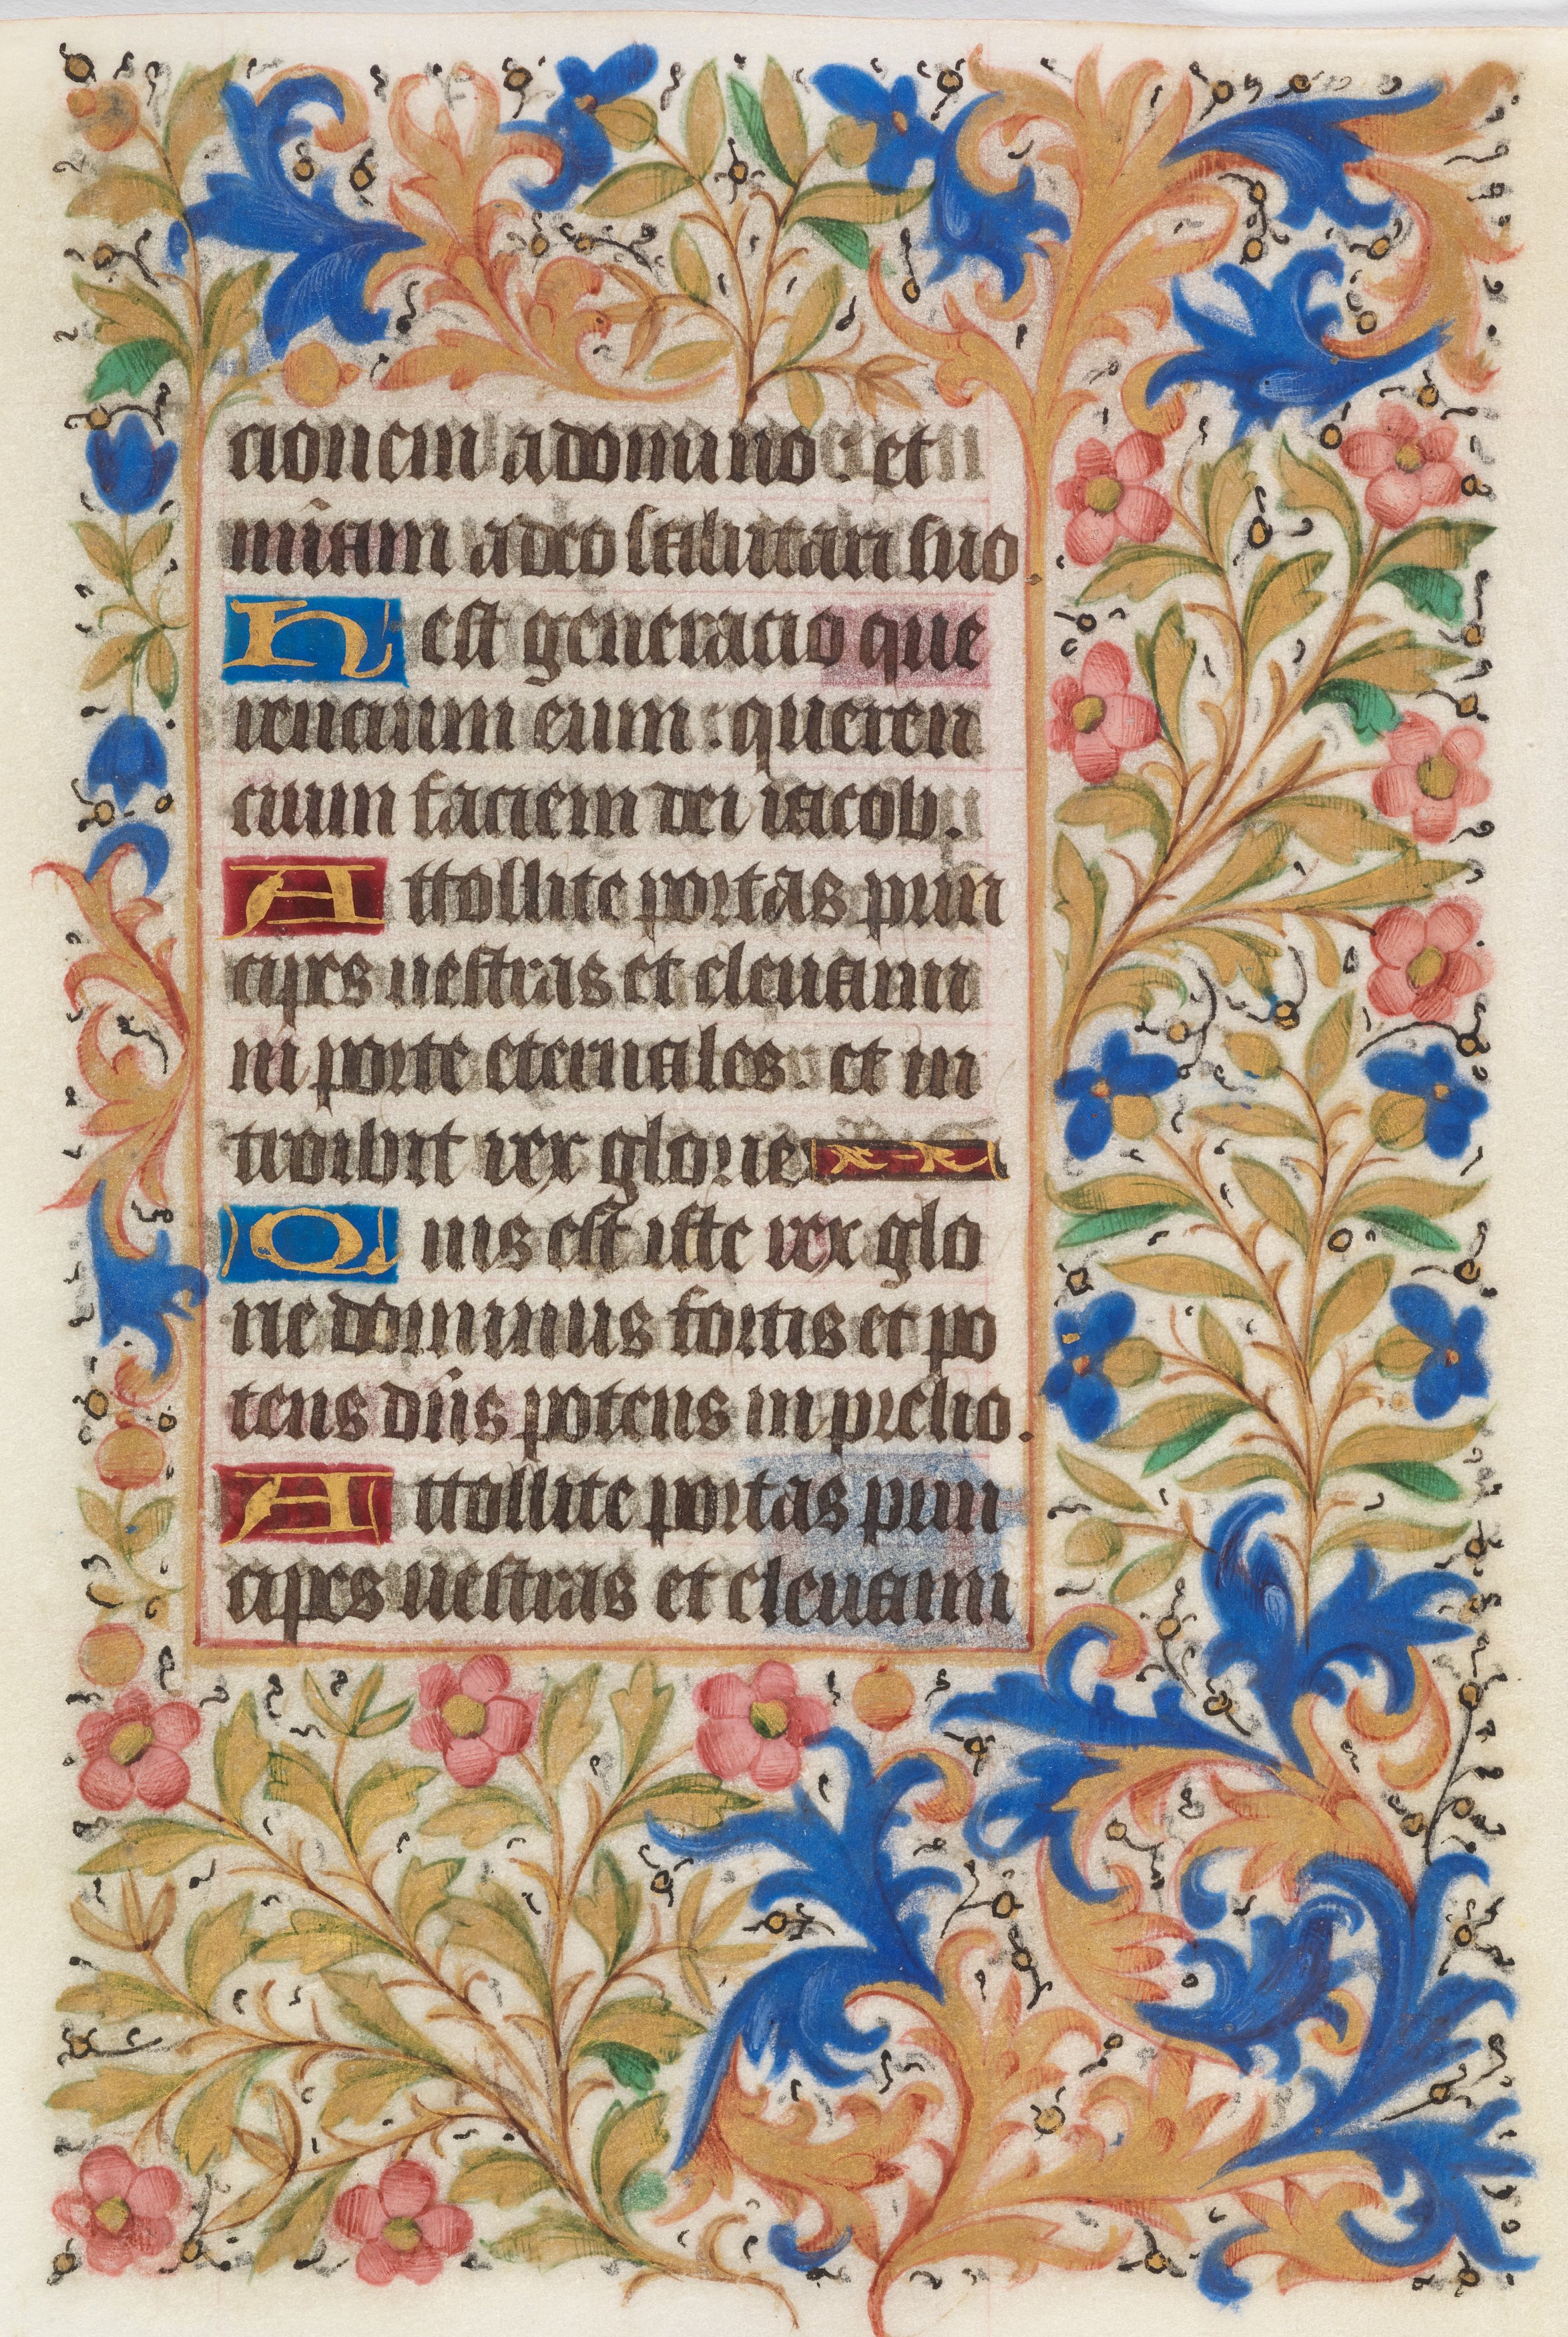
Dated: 1450–1460